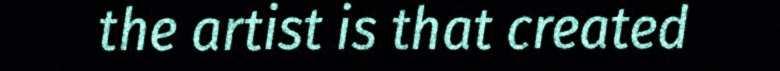
the artist is that created